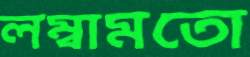
লম্বামতো